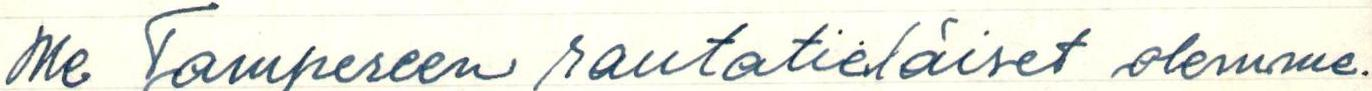
Me Tampereen rautatieläiset olemme.